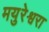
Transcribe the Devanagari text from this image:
मयुरेश्वरा